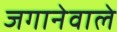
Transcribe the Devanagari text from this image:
जगानेवाले